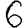
Digit: 6